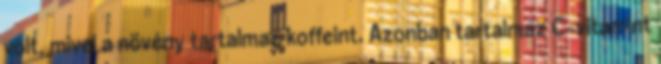
volt, mivel a növény tartalmaz koffeint. Azonban tartalmaz C-vitamint